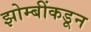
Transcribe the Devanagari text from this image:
झोम्बींकडून